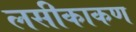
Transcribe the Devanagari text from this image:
लसीकाकण